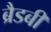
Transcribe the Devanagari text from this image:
ब्रैडबी